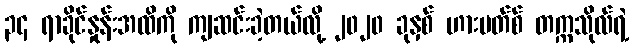
၃၄ ရာခိုင်နှုန်းအထိကို ကျဆင်းခဲ့တယ်လို့ ၂၀၂၀ ခုနှစ် ဟားဗတ်စ် တက္ကသိုလ်ရဲ့